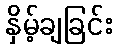
နှိမ့်ချခြင်း